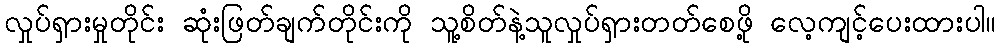
လှုပ်ရှားမှုတိုင်း ဆုံးဖြတ်ချက်တိုင်းကို သူ့စိတ်နဲ့သူလှုပ်ရှားတတ်စေဖို့ လေ့ကျင့်ပေးထားပါ။